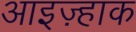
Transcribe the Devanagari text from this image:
आइज़्हाक